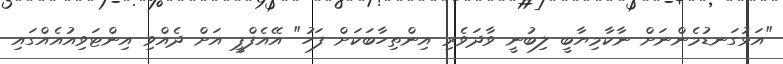
"އަޅުގަނޑުމެންނަށް ނާކާމިޔާބީ ލިބުނީ ވާދަވެރި އިންތިހާބަކަށް ފަހު" އޭއެފްޕީ އަށް ދެއްވި އިންޓަވިއުއެއްގައި